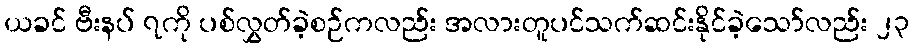
ယခင် ဗီးနပ် ၇ကို ပစ်လွှတ်ခဲ့စဉ်ကလည်း အလားတူပင်သက်ဆင်းနိုင်ခဲ့သော်လည်း ၂၃